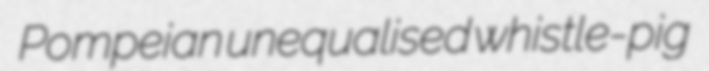
Pompeian unequalised whistle-pig